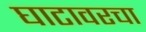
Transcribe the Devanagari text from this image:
घाटावरचा